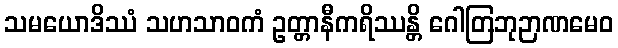
သမယောဒိဿံ သဟသာဝကံ ဥတ္တာနီကရိဿန္တိ ဂေါတြဘုဉာဏမေဝ